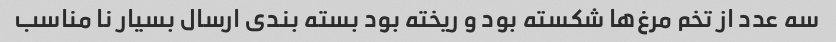
سه عدد از تخم مرغ‌ها شکسته بود و ریخته بود بسته بندی ارسال بسیار نا مناسب